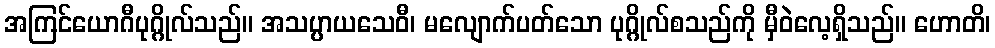
အကြင်ယောဂီပုဂ္ဂိုလ်သည်။ အသပ္ပာယသေဝီ၊ မလျောက်ပတ်သော ပုဂ္ဂိုလ်စသည်ကို မှီဝဲလေ့ရှိသည်။ ဟောတိ၊